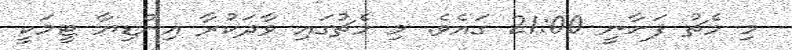
މި މެޗު ފަށާނީ 21:00 ގައެވެ. މި މެޗުގައި ވާދަކުރާ އިންޑިޔާ ޓީމަކީ